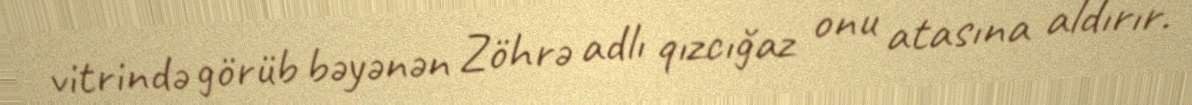
vitrində görüb bəyənən Zöhrə adlı qızcığaz onu atasına aldırır.